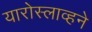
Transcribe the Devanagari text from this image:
यारोस्लाव्हने